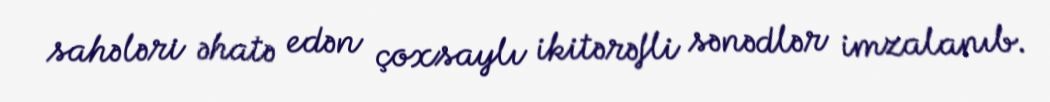
sahələri əhatə edən çoxsaylı ikitərəfli sənədlər imzalanıb.